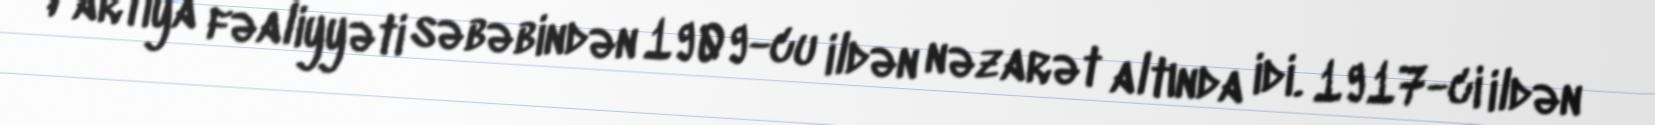
Partiya fəaliyyəti səbəbindən 1909-cu ildən nəzarət altında idi. 1917-ci ildən